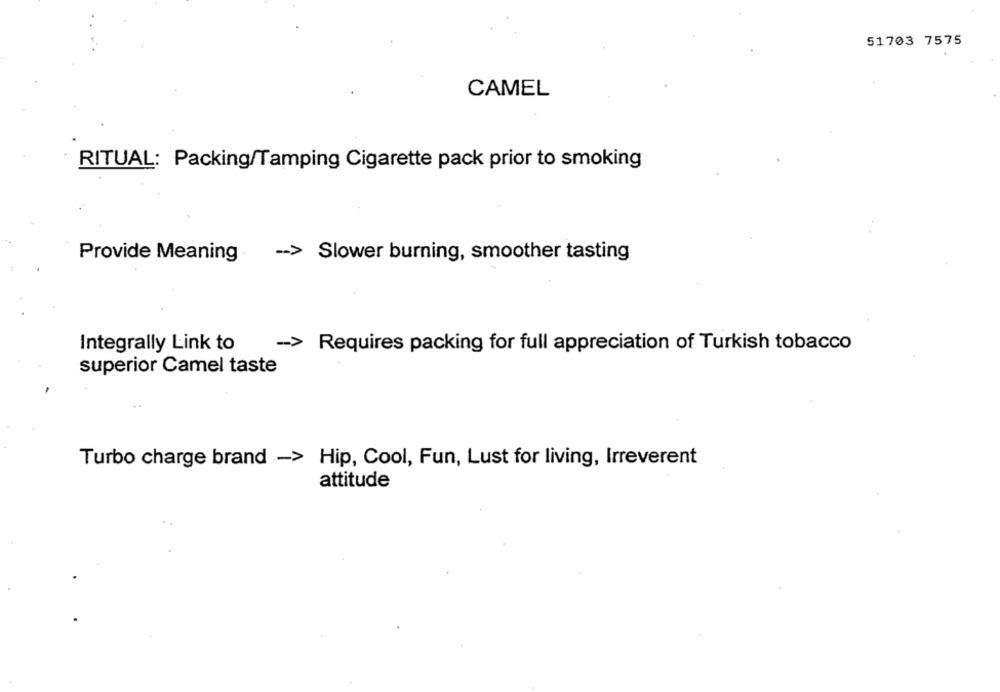
51703 7575
CAMEL
RITUAL: Packing/Tamping Cigarette pack prior to smoking
Provide Meaning
-- > Slower burning, smoother tasting
->
Integrally Link to
Requires packing for full appreciation of Turkish tobacco
superior Camel taste
Turbo charge brand -> Hip, Cool, Fun, Lust for living, Irreverent
attitude